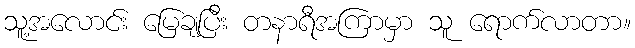
သူ့အလောင်း မြေချပြီး တနာရီအကြာမှာ သူ ရောက်လာတာ။